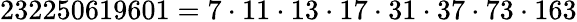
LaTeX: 232250619601=7\cdot 11\cdot 13\cdot 17\cdot 31\cdot 37\cdot 73\cdot 163